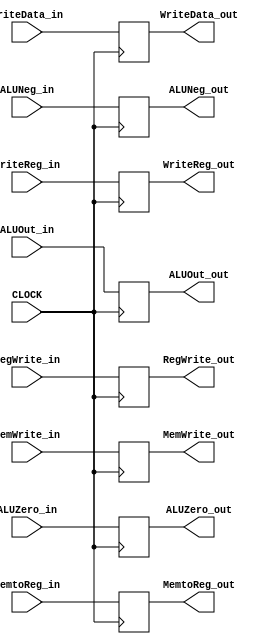
// EX_MEM
module EX_MEM(
    input CLOCK,
    /* input from CONTROL_UNIT */
    input RegWrite_in,
    input MemtoReg_in,
    input MemWrite_in,
    /* input from ALU */
    input ALUZero_in,
    input ALUNeg_in,
    input [31:0] ALUOut_in,
    /* others input */
    input [31:0] WriteData_in,
    input [4:0] WriteReg_in,

    /* control unit output */
    output reg RegWrite_out,
    output reg MemtoReg_out,
    output reg MemWrite_out,
    /* ALU output */
    output reg ALUZero_out,
    output reg ALUNeg_out,
    output reg [31:0] ALUOut_out,
    /* others output */
    output reg [31:0] WriteData_out,
    output reg [4:0] WriteReg_out
);
    always @(posedge CLOCK) begin
        /* input from CONTROL_UNIT */
        RegWrite_out <= RegWrite_in;
        MemtoReg_out <= MemtoReg_in;
        MemWrite_out <= MemWrite_in;
        /* input from ALU */
        ALUZero_out <= ALUZero_in;
        ALUNeg_out <= ALUNeg_in;
        ALUOut_out <= ALUOut_in;
        /* others input */
        WriteData_out <= WriteData_in;
        WriteReg_out <= WriteReg_in;
    end
endmodule


// DATA_MEM
module DATA_MEM(
    input CLOCK,
    input MemWrite,
    input fin_sign,
    input [31:0] ALUOut_in,
    input [31:0] WriteData_in,
    output [31:0] ReadData_out
);
    reg [31:0] RAM [0:512-1];
    integer out_file;
    integer i;

    initial begin
        for (i = 0; i <= 512-1; i = i+1) begin
            RAM[i] = 32'b0;
        end
    end

    always @(posedge CLOCK) begin
        if (MemWrite == 1'b1) begin
            RAM[ALUOut_in/4] = WriteData_in;
        end
    end

    always @(fin_sign) begin
        if (fin_sign == 1'b1) begin
            out_file = $fopen("data.bin", "w");
            for (i = 0; i <= 512-1; i = i+1) begin
                $fwrite(out_file, "%b\n", RAM[i]);
            end
            $finish;
        end
    end

    assign ReadData_out = RAM[ALUOut_in/4];
endmodule